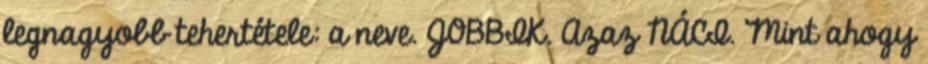
legnagyobb tehertétele: a neve. JOBBIK. Azaz NÁCI. Mint ahogy